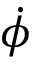
\dot { \phi }